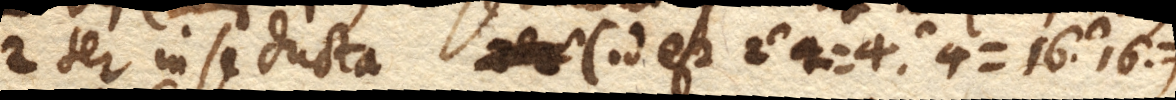
2 ter in se ducta (id est 2 ∩ 2 = 4. ∩ 4 = 16. ∩ 16. =